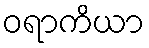
ဝရာကိယာ